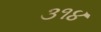
૩૧૪